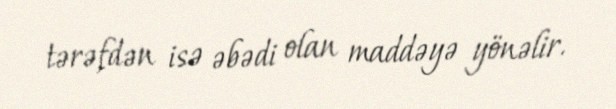
tərəfdən isə əbədi olan maddəyə yönəlir.